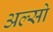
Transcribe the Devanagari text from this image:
अल्सो